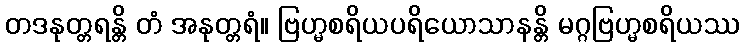
တဒနုတ္တရန္တိ တံ အနုတ္တရံ။ ဗြဟ္မစရိယပရိယောသာနန္တိ မဂ္ဂဗြဟ္မစရိယဿ